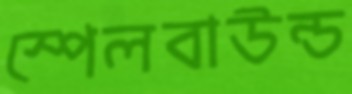
স্পেলবাউন্ড